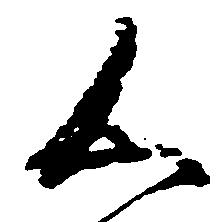
く